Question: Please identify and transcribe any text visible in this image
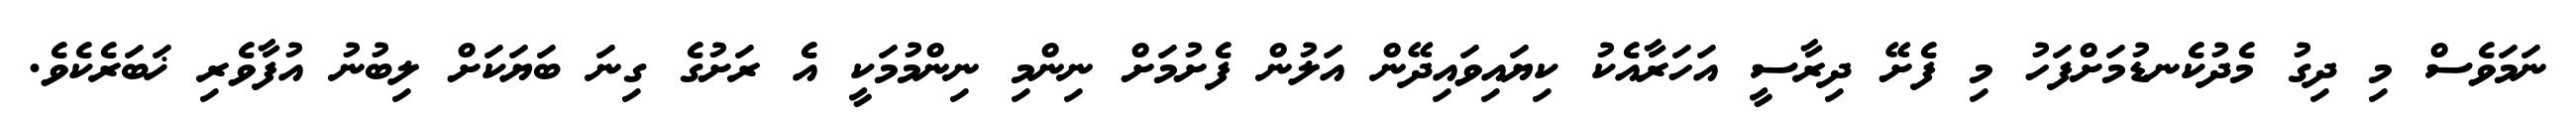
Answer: ނަމަވެސް މި ދިގު މެދުކެނޑުމަށްފަހު މި ފެށޭ ދިރާސީ އަހަރާއެކު ކިޔައިވައިދޭން އަލުން ފެށުމަށް ނިންމި ނިންމުމަކީ އެ ރަށުގެ ގިނަ ބަޔަކަށް ލިބުނު އުފާވެރި ޚަބަރެކެވެ.